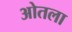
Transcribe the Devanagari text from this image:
ओतला